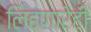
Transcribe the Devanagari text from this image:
लिहणारेही